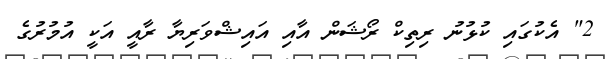
2" އެކުގައި ކުޅުނު ރިތިކް ރޯޝަން އާއި އައިޝްވަރިޔާ ރާއީ އަކީ އުމުރުގެ